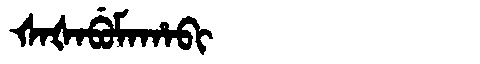
Manchu: ᡧᠠᡧᠠᠪᡠᠮᠠᡥᠠᠪᡳ
Romanization: ŠAŠABUMAHABI